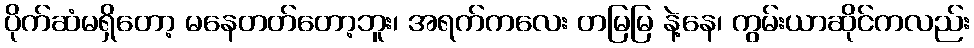
ပိုက်ဆံမရှိတော့ မနေတတ်တော့ဘူး၊ အရက်ကလေး တမြမြ နဲ့နေ၊ ကွမ်းယာဆိုင်ကလည်း